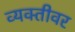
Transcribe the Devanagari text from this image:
व्‍यक्‍तीवर